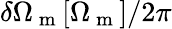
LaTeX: \delta\Omega_{\mathrm{~m~}}[\Omega_{\mathrm{~m~}}]/2\pi